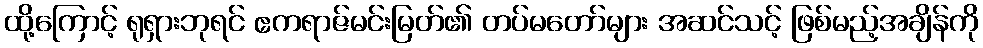
ထို့ကြောင့် ရုရှားဘုရင် ဧကရာဇ်မင်းမြတ်၏ တပ်မတော်များ အဆင်သင့် ဖြစ်မည့်အချိန်ကို